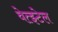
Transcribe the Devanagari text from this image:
वेत्झ्टेल